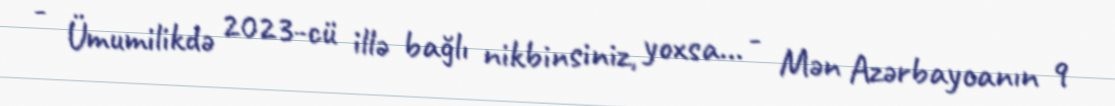
- Ümumilikdə 2023-cü illə bağlı nikbinsiniz, yoxsa... - Mən Azərbaycanın 9